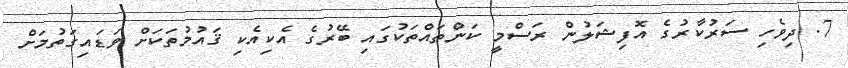
7. ދިވެހި ސަރުކާރުގެ އޮފިޝަލުން ރަސްމީ ކަންތައްތަކުގައި ބޭރުގެ އެކިއެކި ޤައުމުތަކަށް ވަޑައިގަތުމަށް